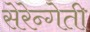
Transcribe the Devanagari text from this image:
सेरेन्गेती